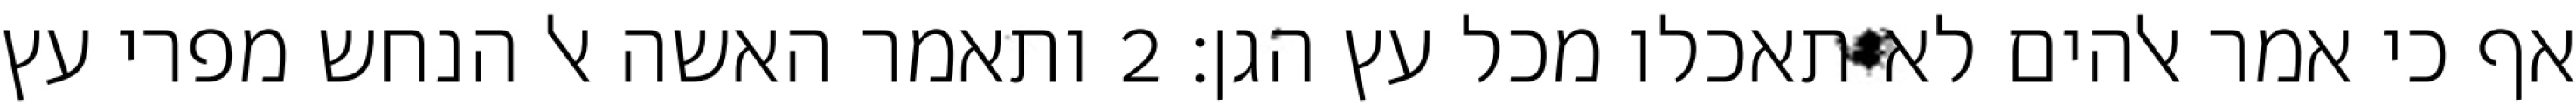
אף כי אמר אלהים לא תאכלו מכל עץ הגן׃ ‎2‏ ותאמר האשה אל הנחש מפרי עץ